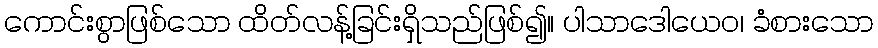
ကောင်းစွာဖြစ်သော ထိတ်လန့်ခြင်းရှိသည်ဖြစ်၍။ ပါသာဒေါယေဝ၊ ခံစားသော